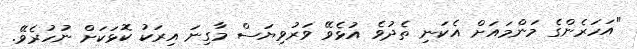
"އަހަރެންގެ މަންމައަށް އެކަނި ތެދުވެ އުޅެވޭ ވަރުވިޔަސް މާގިނަ އިރަކު ކޮޅަކަށް ނުހުރެވޭ.